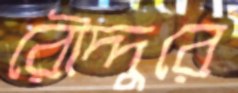
রৌদ্দুরে